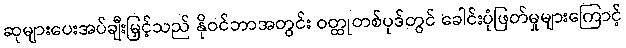
ဆုများပေးအပ်ချီးမြှင့်သည် နိုဝင်ဘာအတွင်း ဝတ္ထုတစ်ပုဒ်တွင် ခေါင်းပုံဖြတ်မှုများကြောင့်